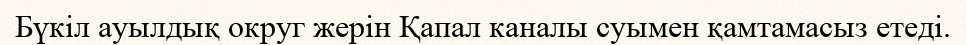
Бүкіл ауылдық округ жерін Қапал каналы суымен қамтамасыз етеді.